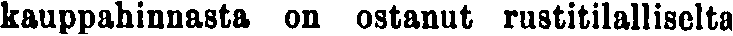
kauppahinnasta on ostanut rustitilalliselta